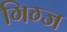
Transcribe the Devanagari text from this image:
गिग्ज